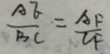
\frac { A E } { B C } = \frac { A F } { C F }